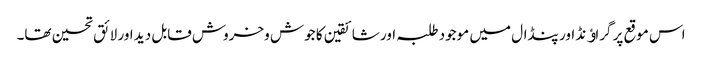
اس موقع پر گراﺅنڈ اور پنڈال میں موجود طلبہ اور شائقین کا جوش وخروش قابل دید اور لائق تحسین تھا۔